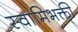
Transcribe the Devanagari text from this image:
स्वामिभक्ती